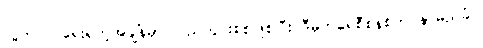
လွတ်လပ်ရေးရတဲ့အချိန်မှာ ပြည်တွင်းစစ်ဖြစ်ပြီး ဒီမိုကရေစီစနစ်က နာမည်ခံပဲ